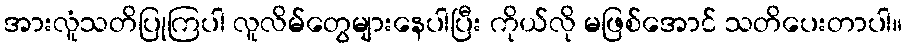
အားလူံသတိပြုကြပါ လူလိမ်တွေများနေပါပြီး ကိုယ်လို မဖြစ်အောင် သတိပေးတာပါ။